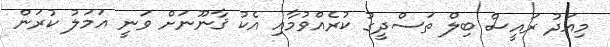
މިއަދު ރައީސް ބިލް ތަސްދީގު ކުރެއްވުމާއި އެކު ޤާނޫނަށް ވަނީ އަމަލު ކުރަން